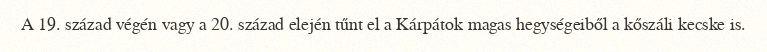
A 19. század végén vagy a 20. század elején tűnt el a Kárpátok magas hegységeiből a kőszáli kecske is.